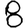
Digit: 8